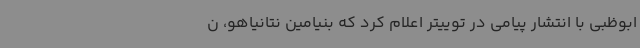
ابوظبی با انتشار پیامی در توییتر اعلام کرد که بنیامین نتانیاهو، ن